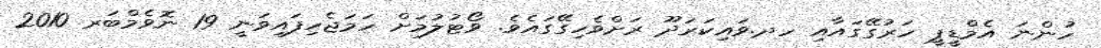
ހުންނަ އެމްޑީޕީ ހަރުގޭގައާއި ހދ.ވައިކަރަދޫ ރަށްވެހިގޭގައެވެ. ވޯޓުލުމަށް ހަމަޖެހިފައިވަނީ 19 ނޮވެމްބަރ 2010